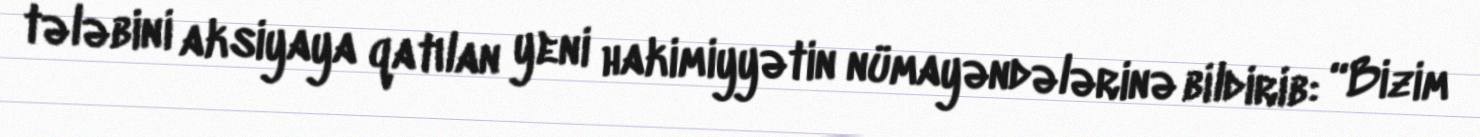
tələbini aksiyaya qatılan yeni hakimiyyətin nümayəndələrinə bildirib: “Bizim